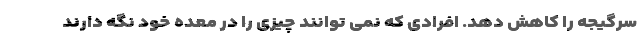
سرگیجه را کاهش دهد. افرادی که نمی توانند چیزی را در معده خود نگه دارند